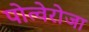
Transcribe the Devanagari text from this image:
पोत्वेरोजा